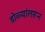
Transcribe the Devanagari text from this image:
डोळ्यांलरून